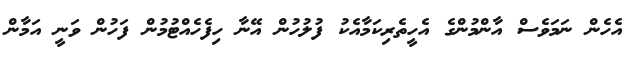
އެހެން ނަމަވެސް އާންމުންގެ އެހީތެރިކަމާއެކު ފުލުހުން އޭނާ ހިފެހެއްޓުމުން ފަހުން ވަނީ އަމާން